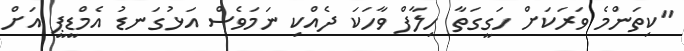
"ކިތަންމެ ވަރަކަށް ހަގީގަތާ ހިލާފް ވާހަކަ ދެއްކި ނަމަވެސް އަޅުގަނޑު އެމްޑީޕީ އަށް